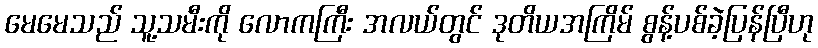
မေမေသည် သူ့သမီးကို လောကကြီး အလယ်တွင် ဒုတိယအကြိမ် စွန့်ပစ်ခဲ့ပြန်ပြီဟု